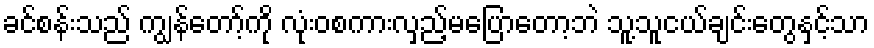
ခင်စန်းသည် ကျွန်တော့်ကို လုံးဝစကားလှည့်မပြောတော့ဘဲ သူ့သူငယ်ချင်းတွေနှင့်သာ